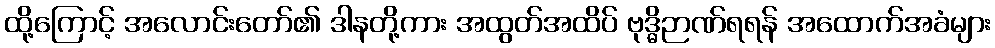
ထို့ကြောင့် အလောင်းတော်၏ ဒါနတို့ကား အထွတ်အထိပ် ဗုဒ္ဓိဉာဏ်ရရန် အထောက်အခံများ